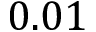
0 . 0 1